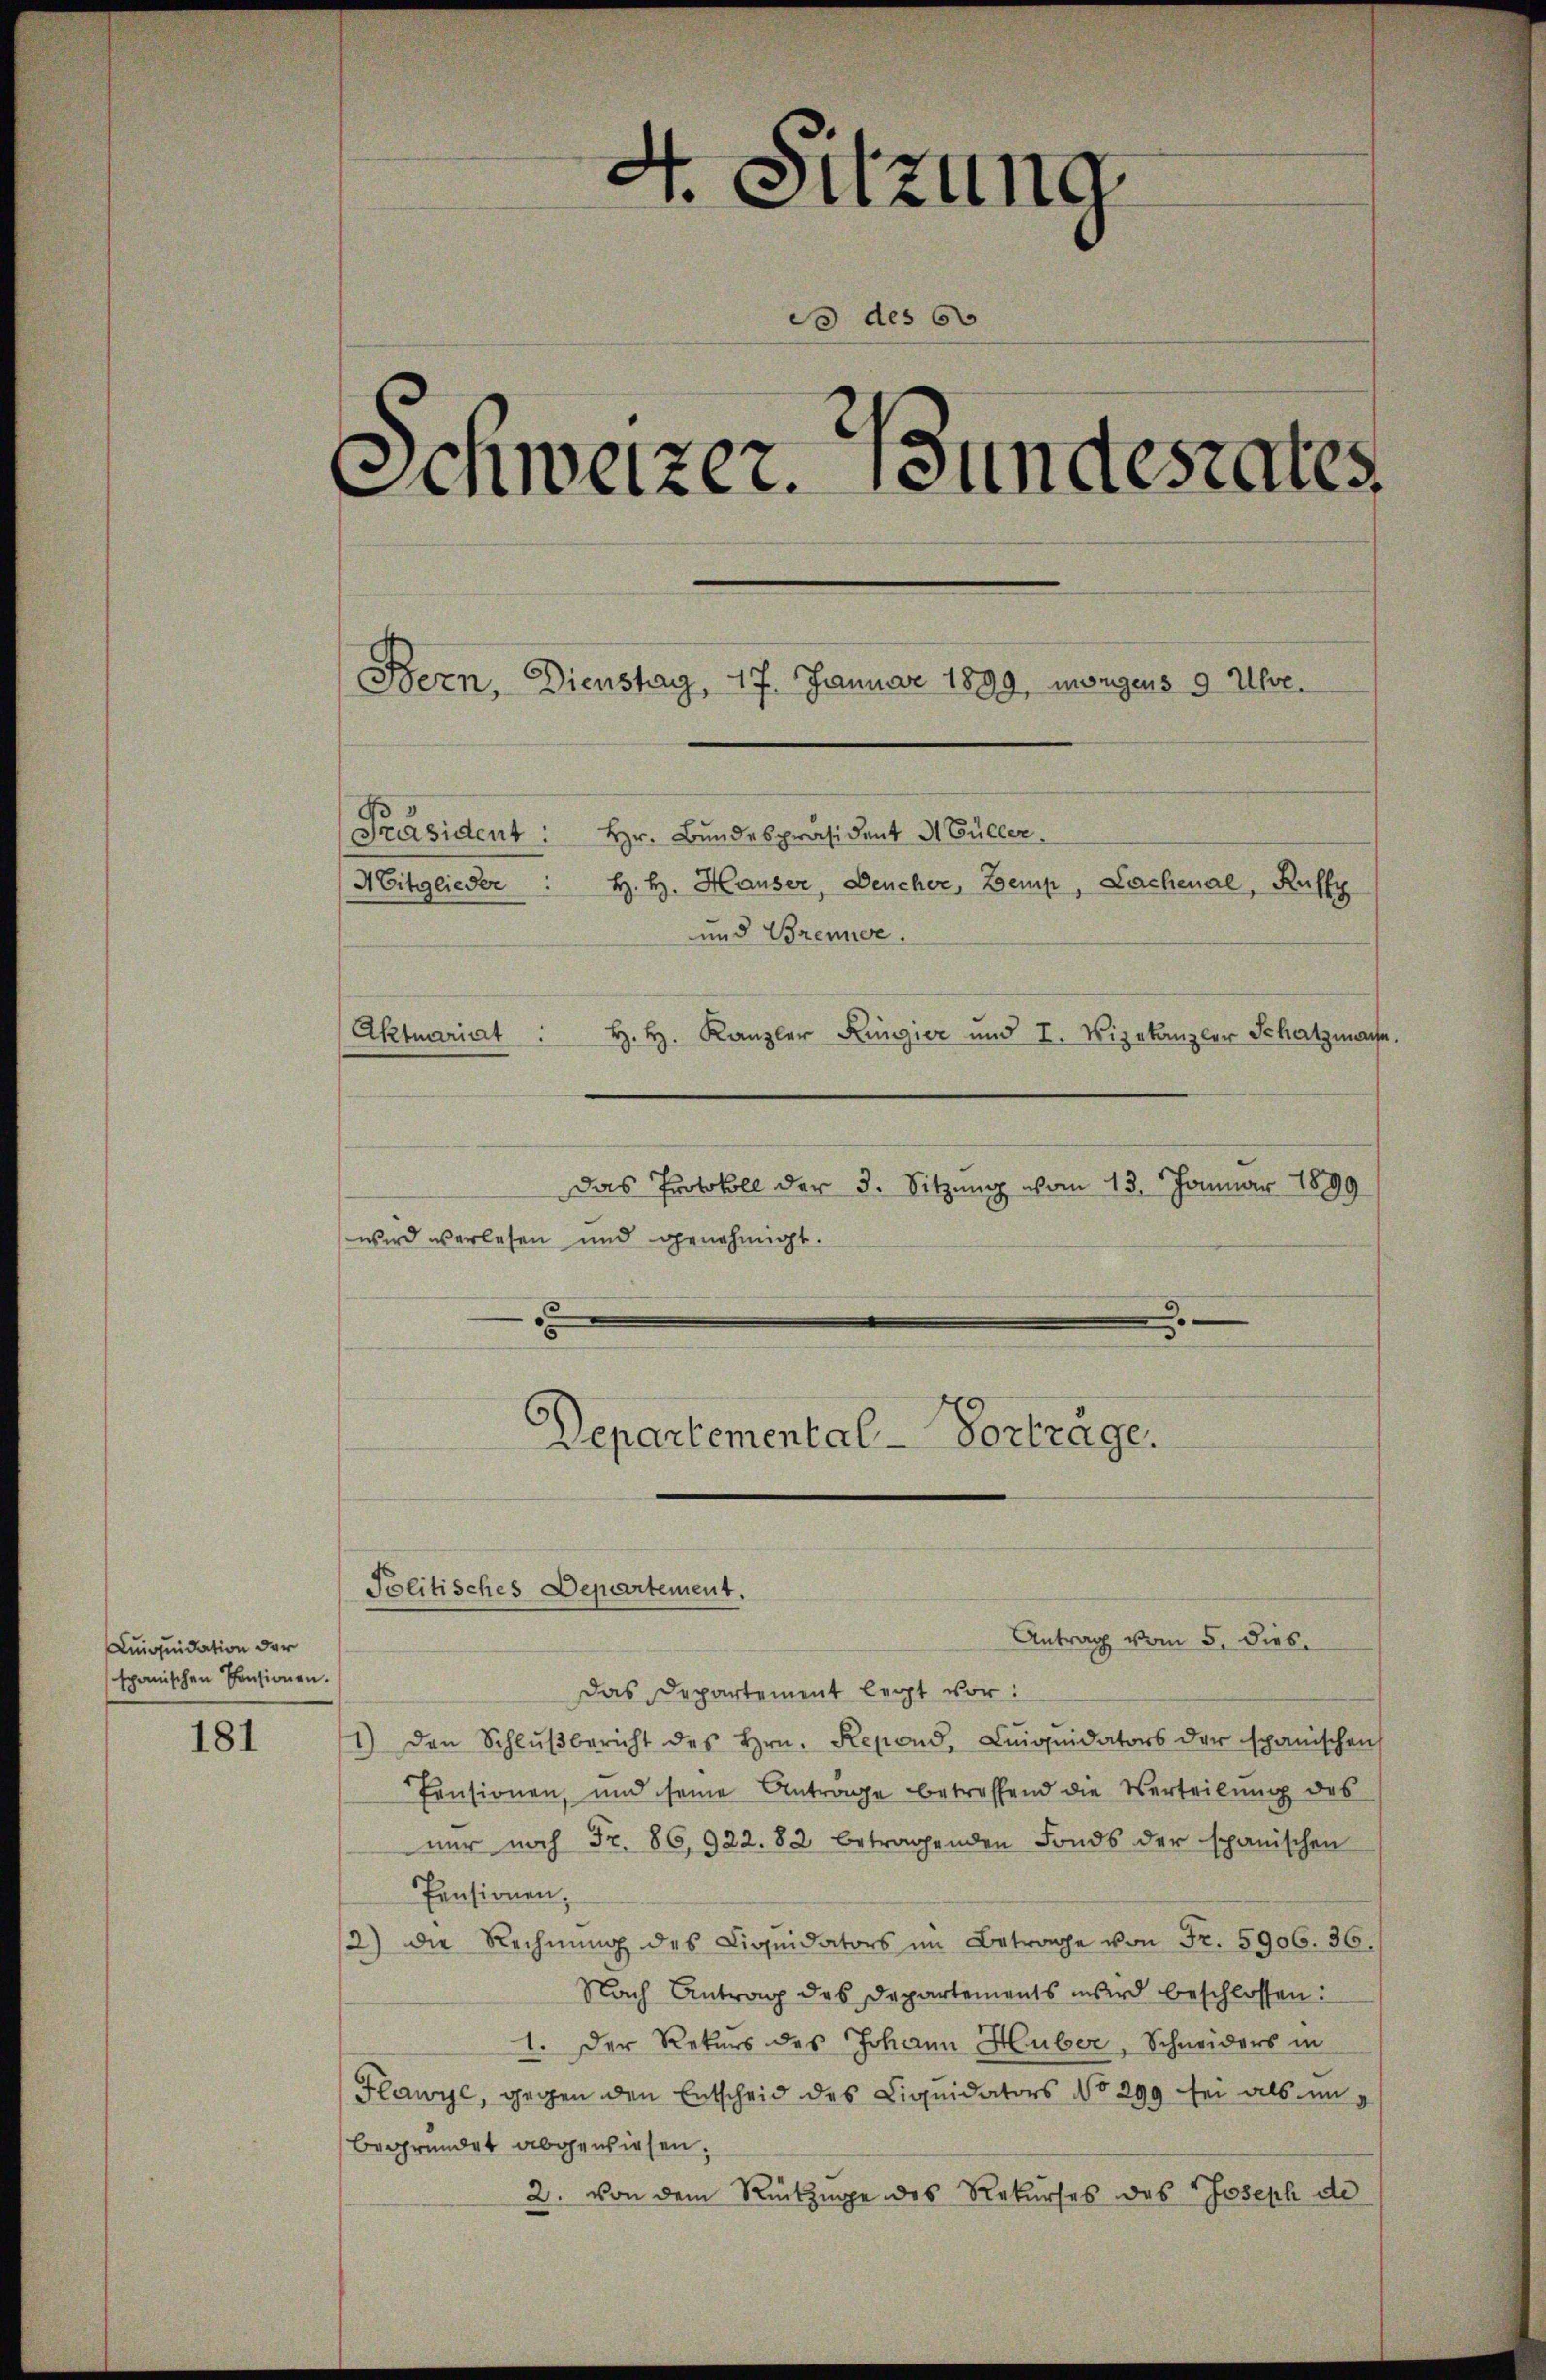
Liquidation der
spanischen Pensionen.

181

4. Sitzung
C des C
Schweizer. Bundesrates

[Präsident: Hr. Bundespräsident d. Büller.
Mitglieder " H. H. Hauser, Deucher, Zemp, Lachenal, Ruffy
und Brenne.
Aktuariat : H. H. Kanzler Küngier und I. Vizekanzler Schatzmann,
Das Protokoll der 3. Sitzung vom 13. Januar 1899
wird verlesen und genehmigt.
x
e

Departemental-Vorträge.

Bern, Dienstag, 17. Januar 1899, morgens 9 Uhre.

Politisches Departement.

Antrag vom 5. dies
Das Departement legt vor:
1) den Schlŭβbericht des Hrn. Resond. Liqŭidators der spanischen
Pensionen, und seine Antrage betreffend die Verteilung des
nur noch Fr. 86,922. 82 betragenden Fonds der spanischen
Pensionen,
/2) die Rechnŭng des Liquidators im Betrage von Fr. 5906. 36.
Nach Antrag des Departements wird beschlossen:
1. Der Rekurs des Johann Huber, Schneiders in
Flawyc, gegen den Entscheid des Liquidators No 299 sei als in
begründet abgewiesen.
2. von dem Rückzuge des Rekurses des Joseph de